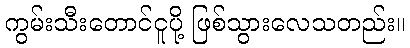
ကွမ်းသီးတောင်ငူပို့ ဖြစ်သွားလေသတည်း။